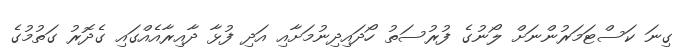
ގިނަ ކަސްޓަމަރުންނަށް ލޯނުގެ ފުރުސަތު ހޯދައިދިނުމަށާއި އަދި ފުޅާ ދާއިރާއެއްގައި ގެދޮރު ގަތުމުގެ